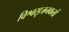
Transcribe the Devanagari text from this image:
विश्वसृजनकर्ता